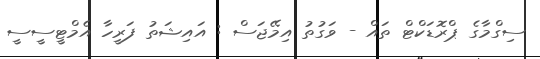
ސިގްމާގެ ޕްރޮޑަކްޓް ތައް - ވަގުތު އިމޭޖަސް : އައިޝަތު ފަރީހާ އެމްޓީސީސީ